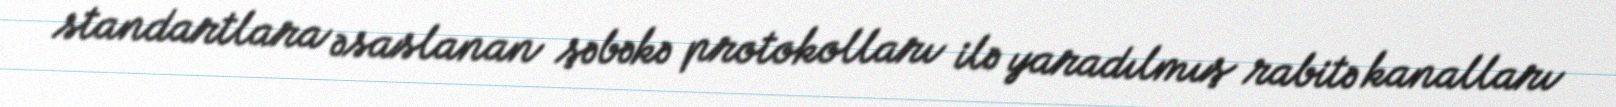
standartlara əsaslanan şəbəkə protokolları ilə yaradılmış rabitə kanalları